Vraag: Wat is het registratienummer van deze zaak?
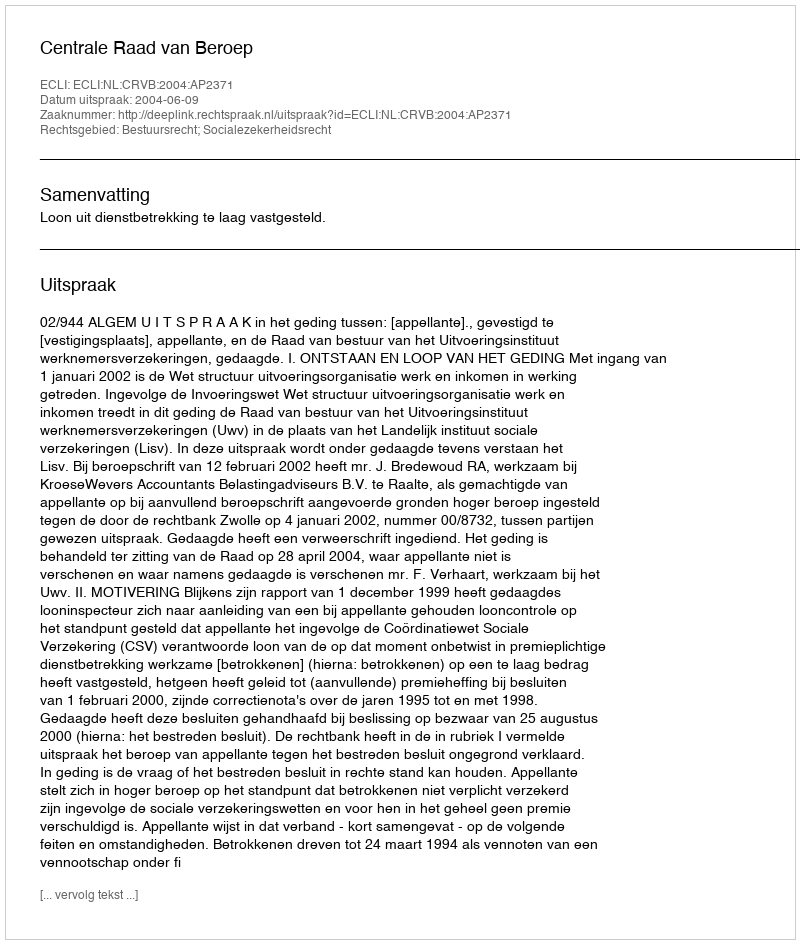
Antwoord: http://deeplink.rechtspraak.nl/uitspraak?id=ECLI:NL:CRVB:2004:AP2371